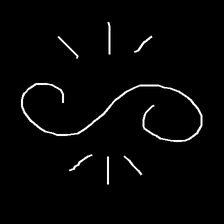
Glyph: wind-directs-air